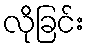
လိုခြင်း